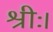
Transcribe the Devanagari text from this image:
श्रीः।